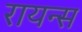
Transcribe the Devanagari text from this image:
रायन्स